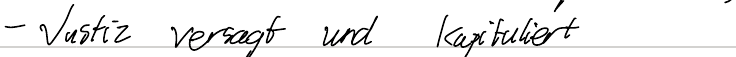
- Justiz versagt und kapituliert